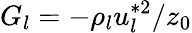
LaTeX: G_{l}=-\rho_{l}u_{l}^{*2}/z_{0}